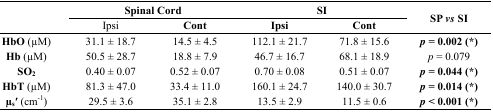
<table><thead><tr><td rowspan="2"></td><td colspan="2"><b>Spinal Cord</b></td><td colspan="2"><b>SI</b></td><td rowspan="2"><b>SP <i>vs</i> SI</b></td></tr><tr><td><b>Ipsi</b></td><td><b>Cont</b></td><td><b>Ipsi</b></td><td><b>Cont</b></td></tr></thead><tbody><tr><td><b>HbO</b> (μM)</td><td>31.1 ± 18.7</td><td>14.5 ± 4.5</td><td>112.1 ± 21.7</td><td>71.8 ± 15.6</td><td><b><i>p</i> = 0.002 (*)</b></td></tr><tr><td><b>Hb</b> (μM)</td><td>50.5 ± 28.7</td><td>18.8 ± 7.9</td><td>46.7 ± 16.7</td><td>68.1 ± 18.9</td><td><i>p</i> = 0.079</td></tr><tr><td><b>SO<sub>2</sub></b></td><td>0.40 ± 0.07</td><td>0.52 ± 0.07</td><td>0.70 ± 0.08</td><td>0.51 ± 0.07</td><td><b><i>p</i> = 0.044 (*)</b></td></tr><tr><td><b>HbT</b> (μM)</td><td>81.3 ± 47.0</td><td>33.4 ± 11.0</td><td>160.1 ± 24.7</td><td>140.0 ± 30.7</td><td><b><i>p</i> = 0.014 (*)</b></td></tr><tr><td><b>μ<sub>s</sub>′</b> (cm<sup>-1</sup>)</td><td>29.5 ± 3.6</td><td>35.1 ± 2.8</td><td>13.5 ± 2.9</td><td>11.5 ± 0.6</td><td><b><i>p</i> &lt; 0.001 (*)</b></td></tr></tbody></table>